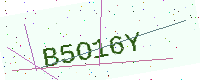
Text: B5O16Y